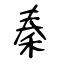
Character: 秦